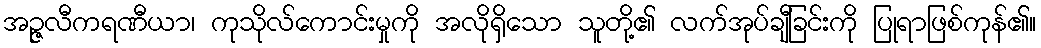
အဉ္ဇလီကရဏီယာ၊ ကုသိုလ်ကောင်းမှုကို အလိုရှိသော သူတို့၏ လက်အုပ်ချီခြင်းကို ပြုရာဖြစ်ကုန်၏။